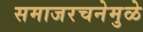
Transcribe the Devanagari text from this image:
समाजरचनेमुळे